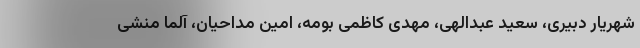
شهریار دبیری، سعید عبدالهی، مهدی کاظمی بومه، امین مداحیان، آلما منشی